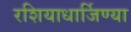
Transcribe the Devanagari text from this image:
रशियाधार्जिण्या